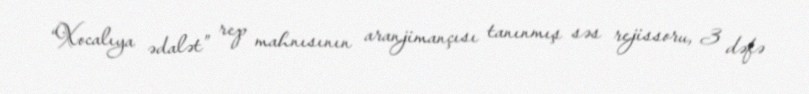
“Xocalıya ədalət” rep mahnısının aranjimançısı tanınmış səs rejissoru, 3 dəfə